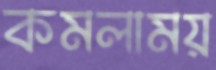
কমলাময়